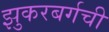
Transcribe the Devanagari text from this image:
झुकरबर्गची